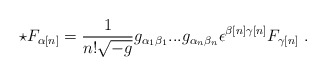
\begin{align*}\star F_{{\alpha}[n]} = \frac{1}{n!\sqrt{-g}}g_{{\alpha}_1{\beta}_1}...g_{{\alpha}_n{\beta}_n}{\epsilon}^{{\beta}[n]{\gamma}[n]}F_{{\gamma}[n]} \ .\end{align*}